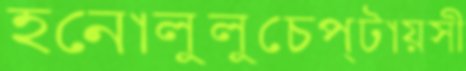
হনোলুলুচেপ্‌টায়সী